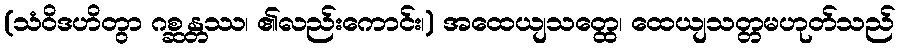
(သံဝိဒဟိတွာ ဂစ္ဆန္တဿ၊ ၏လည်းကောင်း၊) အထေယျသတ္ထေ၊ ထေယျသတ္တမဟုတ်သည်